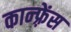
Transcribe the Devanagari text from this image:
कान्‍फ़्रेंस